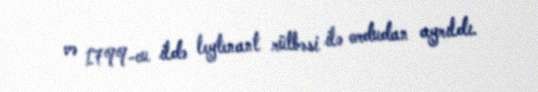
və 1799-cu ildə leytenant rütbəsi ilə ordudan ayrıldı.